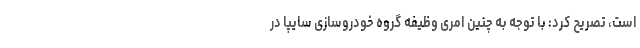
است، تصریح کرد: با توجه به چنین امری وظیفه گروه خودروسازی سایپا در